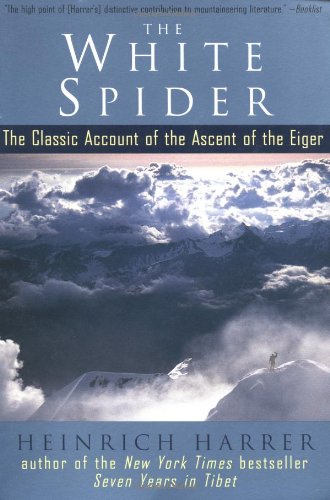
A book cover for The White Spider; Heinrich Harrer; Sports & Outdoors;